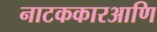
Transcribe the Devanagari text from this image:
नाटककारआणि